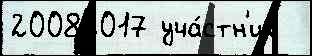
20082017 уча́стн'ик